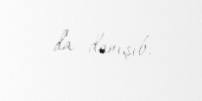
da danışıb.